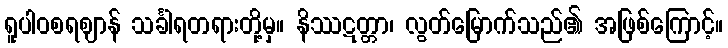
ရူပါဝစရဈာန် သင်္ခါရတရားတို့မှ။ နိဿဋတ္တာ၊ လွတ်မြောက်သည်၏ အဖြစ်ကြောင့်။